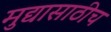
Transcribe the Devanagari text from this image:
मुद्यासाठीच